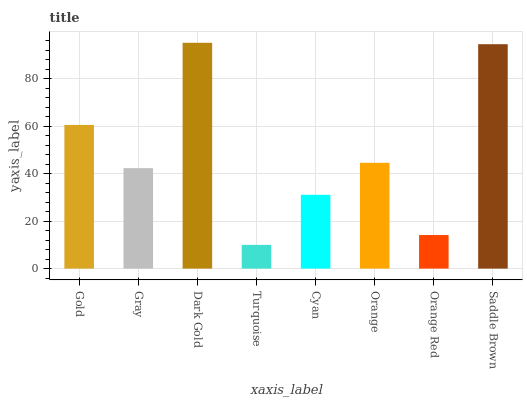
| xaxis_label | bars |
 | --- | --- |
 | Gold | 60.5 |
 | Gray | 42.3 |
 | Dark Gold | 95.1 |
 | Turquoise | 9.99 |
 | Cyan | 31.1 |
 | Orange | 44.5 |
 | Orange Red | 14.1 |
 | Saddle Brown | 94.5 |